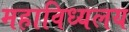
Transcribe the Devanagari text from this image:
महाविध्यलय